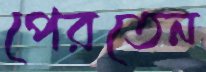
পেরতেন